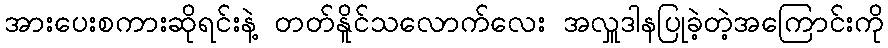
အားပေးစကားဆိုရင်းနဲ့ တတ်နိူင်သလောက်လေး အလှူဒါနပြုခဲ့တဲ့အကြောင်းကို